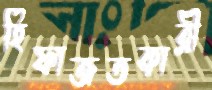
হিফাজতকারী